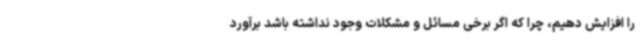
را افزایش دهیم، چرا که اگر برخی مسائل و مشکلات وجود نداشته باشد برآورد